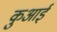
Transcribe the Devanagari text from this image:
कुआई